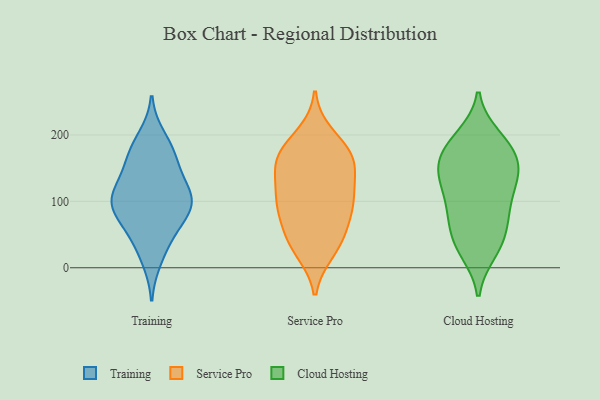
{"axis": {"x": "Latency (ms)", "y": "Value"}, "legend": ["Cloud Hosting", "Service Pro", "Training"], "data": [{"x": "", "y": 91, "type": "Training"}, {"x": "", "y": 176, "type": "Training"}, {"x": "", "y": 107, "type": "Training"}, {"x": "", "y": 110, "type": "Training"}, {"x": "", "y": 172, "type": "Training"}, {"x": "", "y": 140, "type": "Training"}, {"x": "", "y": 91, "type": "Training"}, {"x": "", "y": 13, "type": "Training"}, {"x": "", "y": 196, "type": "Training"}, {"x": "", "y": 59, "type": "Training"}, {"x": "", "y": 101, "type": "Training"}, {"x": "", "y": 69, "type": "Training"}, {"x": "", "y": 94, "type": "Training"}, {"x": "", "y": 121, "type": "Training"}, {"x": "", "y": 37, "type": "Training"}, {"x": "", "y": 160, "type": "Training"}, {"x": "", "y": 30, "type": "Service Pro"}, {"x": "", "y": 181, "type": "Service Pro"}, {"x": "", "y": 165, "type": "Service Pro"}, {"x": "", "y": 113, "type": "Service Pro"}, {"x": "", "y": 74, "type": "Service Pro"}, {"x": "", "y": 25, "type": "Service Pro"}, {"x": "", "y": 200, "type": "Service Pro"}, {"x": "", "y": 161, "type": "Service Pro"}, {"x": "", "y": 47, "type": "Service Pro"}, {"x": "", "y": 99, "type": "Service Pro"}, {"x": "", "y": 44, "type": "Service Pro"}, {"x": "", "y": 146, "type": "Service Pro"}, {"x": "", "y": 96, "type": "Service Pro"}, {"x": "", "y": 86, "type": "Service Pro"}, {"x": "", "y": 176, "type": "Service Pro"}, {"x": "", "y": 102, "type": "Service Pro"}, {"x": "", "y": 158, "type": "Service Pro"}, {"x": "", "y": 136, "type": "Service Pro"}, {"x": "", "y": 182, "type": "Cloud Hosting"}, {"x": "", "y": 156, "type": "Cloud Hosting"}, {"x": "", "y": 72, "type": "Cloud Hosting"}, {"x": "", "y": 85, "type": "Cloud Hosting"}, {"x": "", "y": 46, "type": "Cloud Hosting"}, {"x": "", "y": 154, "type": "Cloud Hosting"}, {"x": "", "y": 40, "type": "Cloud Hosting"}, {"x": "", "y": 193, "type": "Cloud Hosting"}, {"x": "", "y": 139, "type": "Cloud Hosting"}, {"x": "", "y": 184, "type": "Cloud Hosting"}, {"x": "", "y": 26, "type": "Cloud Hosting"}, {"x": "", "y": 164, "type": "Cloud Hosting"}, {"x": "", "y": 97, "type": "Cloud Hosting"}, {"x": "", "y": 106, "type": "Cloud Hosting"}, {"x": "", "y": 142, "type": "Cloud Hosting"}, {"x": "", "y": 198, "type": "Cloud Hosting"}, {"x": "", "y": 72, "type": "Cloud Hosting"}, {"x": "", "y": 24, "type": "Cloud Hosting"}, {"x": "", "y": 130, "type": "Cloud Hosting"}, {"x": "", "y": 133, "type": "Cloud Hosting"}]}